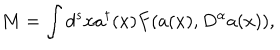
M = \int { d ^ { s } } x { a ^ { \dagger } } ( x ) F ( a ( x ) , { D ^ { \alpha } } a ( x ) ) ,